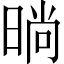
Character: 㫾